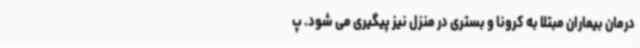
درمان بیماران مبتلا به کرونا و بستری در منزل نیز پیگیری می شود. پ